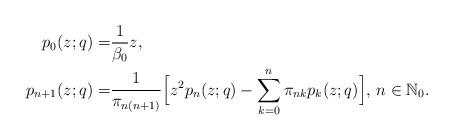
LaTeX: \begin{align*}p_0(z;q)=&\frac{1}{\beta_0}z, \\p_{n+1}(z;q)=& \frac{1}{\pi_{n(n+1)}}\Big[z^{2}p_{n}(z;q)-\sum_{k=0}^{n} \pi_{nk} p_k(z;q)\Big], \, n\in \mathbb{N}_0.\end{align*}